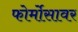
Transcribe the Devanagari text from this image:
फोर्मोसावर